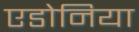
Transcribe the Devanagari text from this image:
एडोनिया